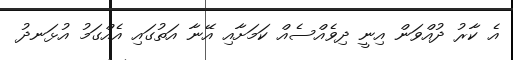
އެ ކާރު ދުއްވަން އިނީ ދިވެއްސެއް ކަމަށާއި އޭނާ އަތުގައި އެއްގަމު އުޅަނދު